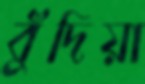
বুঁদিয়া